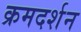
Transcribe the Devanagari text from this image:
क्रमदर्शन